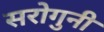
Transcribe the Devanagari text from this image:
सरोगुनी